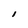
Character: I